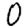
Digit: 0